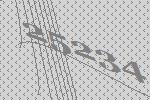
25234